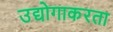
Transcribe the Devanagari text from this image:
उद्योगाकरता